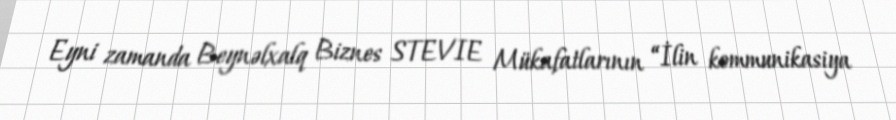
Eyni zamanda Beynəlxalq Biznes STEVIE Mükafatlarının “İlin kommunikasiya